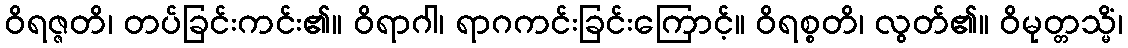
ဝိရဇ္ဇတိ၊ တပ်ခြင်းကင်း၏။ ဝိရာဂါ၊ ရာဂကင်းခြင်းကြောင့်။ ဝိရစ္စတိ၊ လွတ်၏။ ဝိမုတ္တသ္မိံ၊